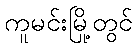
ကူမင်းမြို့တွင်